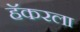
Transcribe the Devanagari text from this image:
हॅकरला